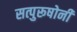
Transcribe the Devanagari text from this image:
सत्पुरूषोनी